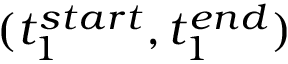
( t _ { 1 } ^ { s t a r t } , t _ { 1 } ^ { e n d } )